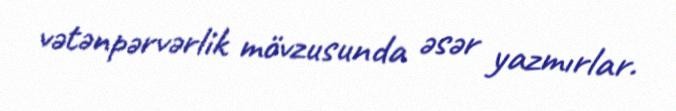
vətənpərvərlik mövzusunda əsər yazmırlar.